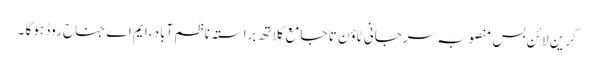
گرین لائن بس منصوبہ سرجانی ٹاوٴن تا جامع کلاتھ براستہ ناظم آباد ،ایم اے جناح روڈ ہوگا ۔